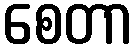
စေတာ